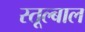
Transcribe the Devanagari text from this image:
स्तूल्बाल